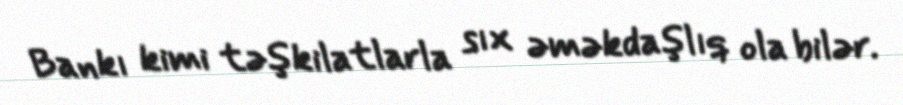
Bankı kimi təşkilatlarla sıx əməkdaşlıq ola bilər.